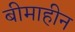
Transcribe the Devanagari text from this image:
बीमाहीन